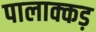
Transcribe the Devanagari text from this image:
पालाक्कड़